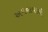
અપનાવાથી